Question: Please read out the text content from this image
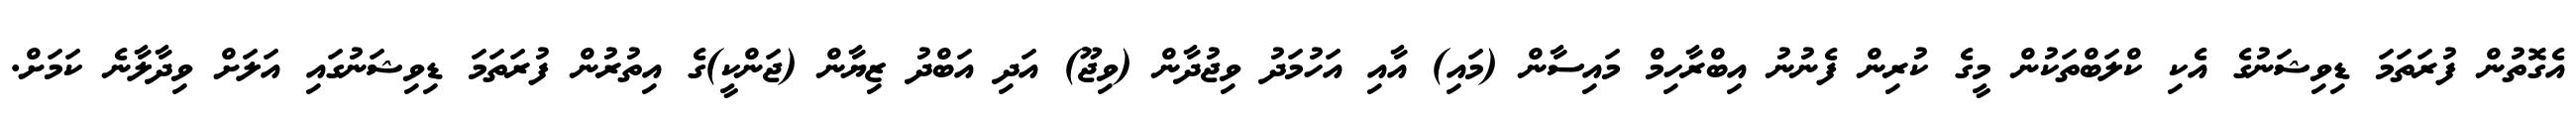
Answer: އެގޮތުން ފުރަތަމަ ޑިވިޝަނުގެ އެކި ކްލަބްތަކުން މީގެ ކުރިން ފެނުނު އިބްރާހިމް މައިސާން (މައި) އާއި އަހުމަދު ވިޖުދާން (ވިޖޫ) އަދި އަބްދު ޒިޔާން (ޖަންކީ)ގެ އިތުރުން ފުރަތަމަ ޑިވިޝަނުގައި އަލަށް ވިދާލާނެ ކަމަށް.